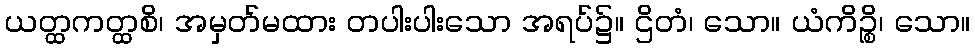
ယတ္ထကတ္ထစိ၊ အမှတ်မထား တပါးပါးသော အရပ်၌။ ဌိတံ၊ သော။ ယံကိဉ္စိ၊ သော။